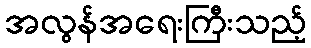
အလွန်အရေးကြီးသည့်